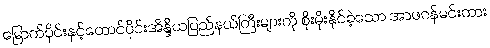
မြောက်ပိုင်းနှင့်တောင်ပိုင်းအိန္ဒိယပြည်နယ်ကြီးများကို စိုးမိုးနိုင်ခဲ့သော အာဖဂန်မင်းကား